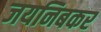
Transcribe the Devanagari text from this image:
जयनिबकर